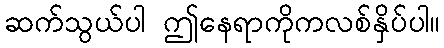
ဆက်သွယ်ပါ ဤနေရာကိုကလစ်နှိပ်ပါ။